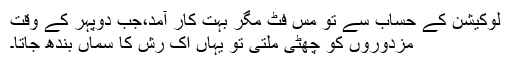
لوکیشن کے حساب سے تو مس فٹ مگر بہت کار آمد،جب دوپہر کے وقت
مزدوروں کو چھٹی ملتی تو یہاں اک رش کا سماں بندھ جاتا۔